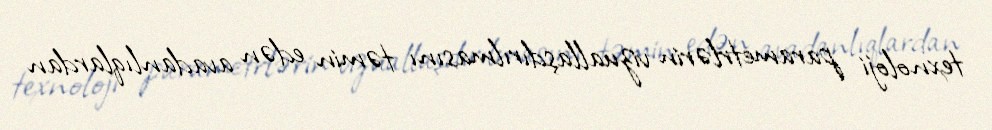
texnoloji parametrlərin vizuallaşdırılmasını təmin edən avadanlıqlardan